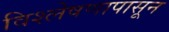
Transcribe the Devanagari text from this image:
विश्लेषणापासून